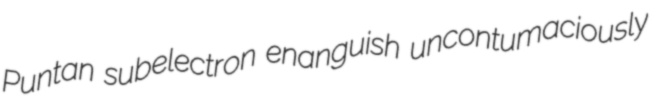
Puntan subelectron enanguish uncontumaciously